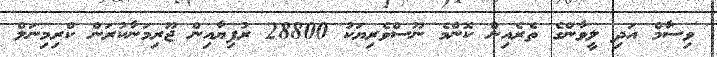
ވިސާމް އަދި ލީވާންގެ ތެރެއިން ކޮންމެ ނޫސްވެރިޔަކު 28800 ރުފިޔާއިން ޖޫރިމަނާކުރަން ކްރިމިނަލް